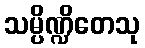
သမ္ပိဏ္ဍိတေသု